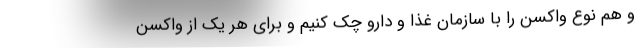
و هم نوع واکسن را با سازمان غذا و دارو چک کنیم و برای هر یک از واکسن